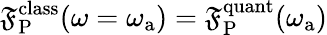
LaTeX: \mathfrak{F}_{\mathrm{{P}}}^{\mathrm{{class}}}(\omega=\omega_{\mathrm{{a}}})=\mathfrak{F}_{\mathrm{{P}}}^{\mathrm{{quant}}}(\omega_{\mathrm{{a}}})